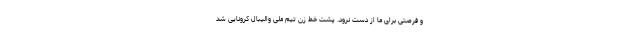
و فرصتی برای ما از دست نرود. پشت خط زن تیم ملی والیبال کرونایی شد